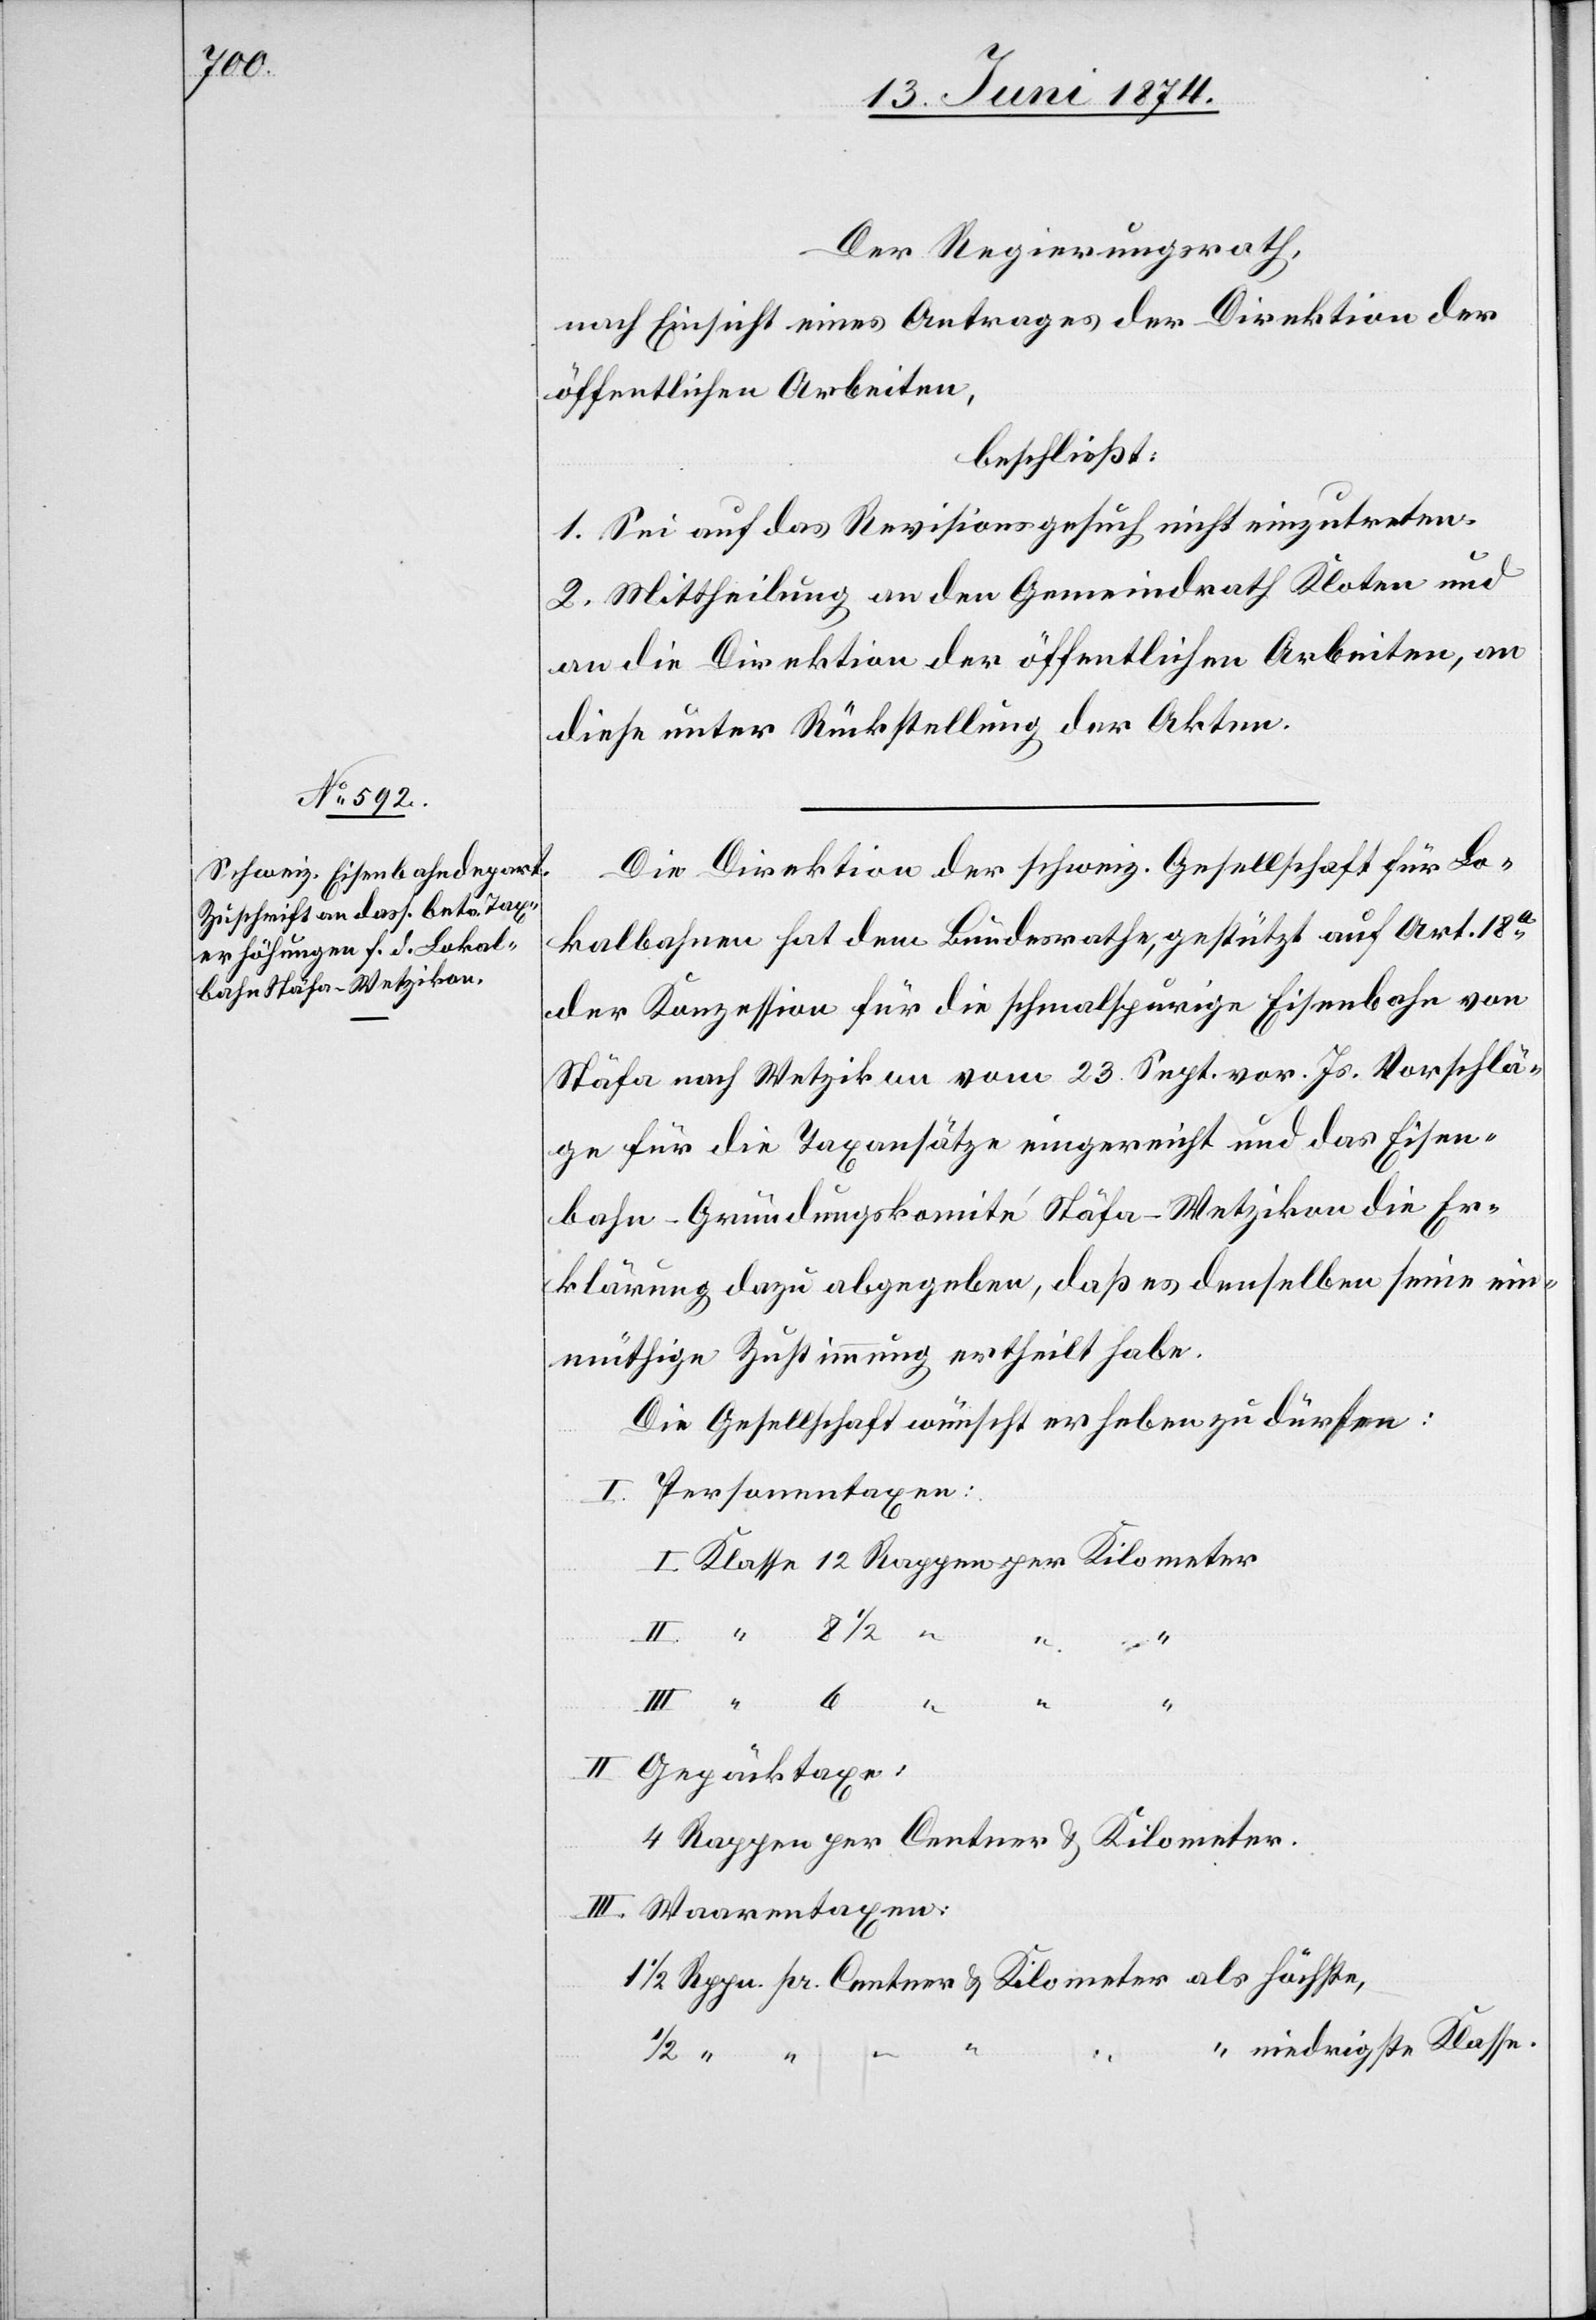
Der Regierungsrath,
nach Einsicht eines Antrages der Direktion der
öffentlichen Arbeiten,
beschließt:
1. Sei auf das Revisionsgesuch nicht einzutreten.
2. Mittheilung an den Gemeindrath Kloten und
an die Direktion der öffentlichen Arbeiten, an
diese unter Rückstellung der Akten.
Die Direktion der schweiz. Gesellschaft für Lo¬
kalbahnen hat dem Bundesrathe, gestützt auf Art. 18a
der Konzession für die schmalspurige Eisenbahn von
Stäfa nach Wetzikon vom 23. Sept. vor. Js. Vorschlä¬
ge für die Taxansätze eingereicht und das Eisen¬
klärung dazu abgegeben, daß es denselben seine ein¬
müthige Zustimmung ertheilt habe.
Die Gesellschaft wünscht erheben zu dürfen:
I. Personentaxen:
8 1/2
als
höchste,
6
II. Gepäcktaxe:
4 Rappen per Centner u. Kilometer.
III. Waarentaxen:
niedrigste Klasse.